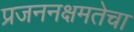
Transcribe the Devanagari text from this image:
प्रजननक्षमतेचा